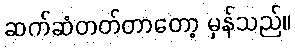
ဆက်ဆံတတ်တာတော့ မှန်သည်။